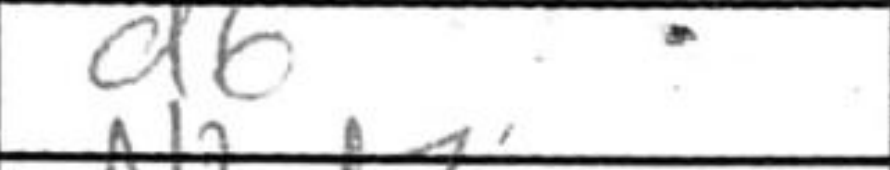
Transcription: d6